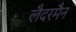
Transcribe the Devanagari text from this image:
लैदरमैन